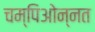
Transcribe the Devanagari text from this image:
चम्पिओन्नत